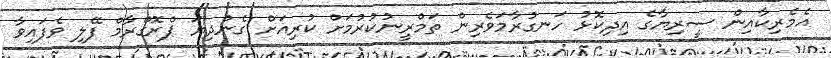
އެމެރިކާއިން ސީރިޔާގެ އިދިކޮޅު ހަނގުރާމަވެރިން ތަމްރީނުކުރުމަށް ކުރިއަށް ގެންދިޔަ ޕްރޮގްރާމް ފޭލި ވެފައިވާ